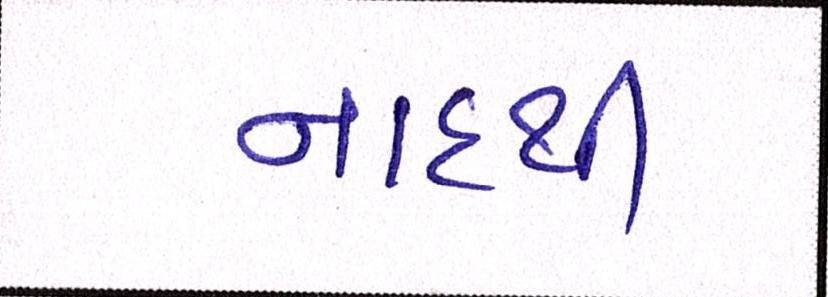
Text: નાદથી